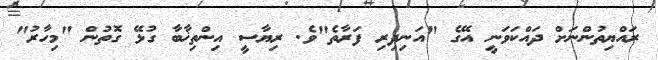
ރައްޔިތުންނަށް ދައްކަވަނީ އޭގެ "އަނިދިރި ފަރާތެ"ވެ. ރިޔާސީ އިންތިޚާބާ ގުޅޭ ގޮތުން "މިހާރު"